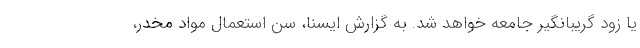
یا زود گریبانگیر جامعه خواهد شد. به گزارش ایسنا، سن استعمال مواد مخدر،